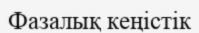
Фазалық кеңістік